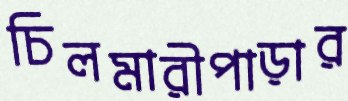
চিলমারীপাড়ার